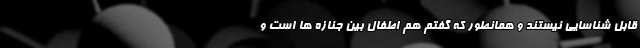
قابل شناسایی نیستند و همانطور که گفتم هم اطفال بین جنازه ها است و